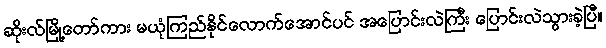
ဆိုးလ်မြို့တော်ကား မယုံကြည်နိုင်လောက်အောင်ပင် အပြောင်းလဲကြီး ပြောင်းလဲသွားခဲ့ပြီ။